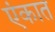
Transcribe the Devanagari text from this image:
एंकात